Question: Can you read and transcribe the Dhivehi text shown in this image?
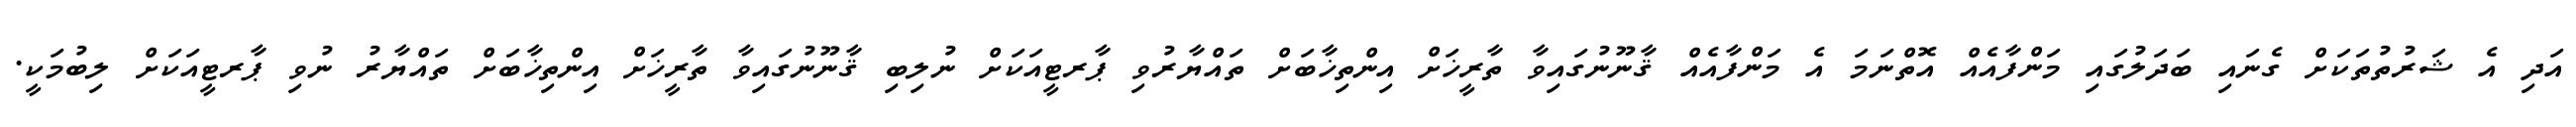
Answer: އަދި އެ ޝަރުތުތަކަށް ގެނައި ބަދަލުގައި މަންފާއެއް އޮތްނަމަ އެ މަންފާއެއް ޤާނޫނުގައިވާ ތާރީޚަށް އިންތިޚާބަށް ތައްޔާރުވި ޕާރޓީއަކަށް ނުލިބި ޤާނޫނުގައިވާ ތާރީޚަށް އިންތިޚާބަށް ތައްޔާރު ނުވި ޕާރޓީއަކަށް ލިބުމަކީ.